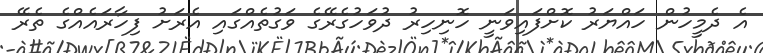
އެ ދެމީހުން ހައްޔަރު ކޮށްފައިވަނީ ހޮނިހިރު ދުވަހުގެރޭގެ ވަގުތެއްގައި އެރަށު ފިހާރައެއްގެ ތެރޭ